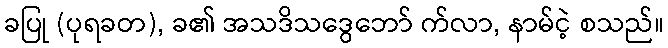
ခပြု (ပုရခတ), ခ၏ အသဒိသဒွေဘော် က်လာ, နာမ်ငဲ့ စသည်။